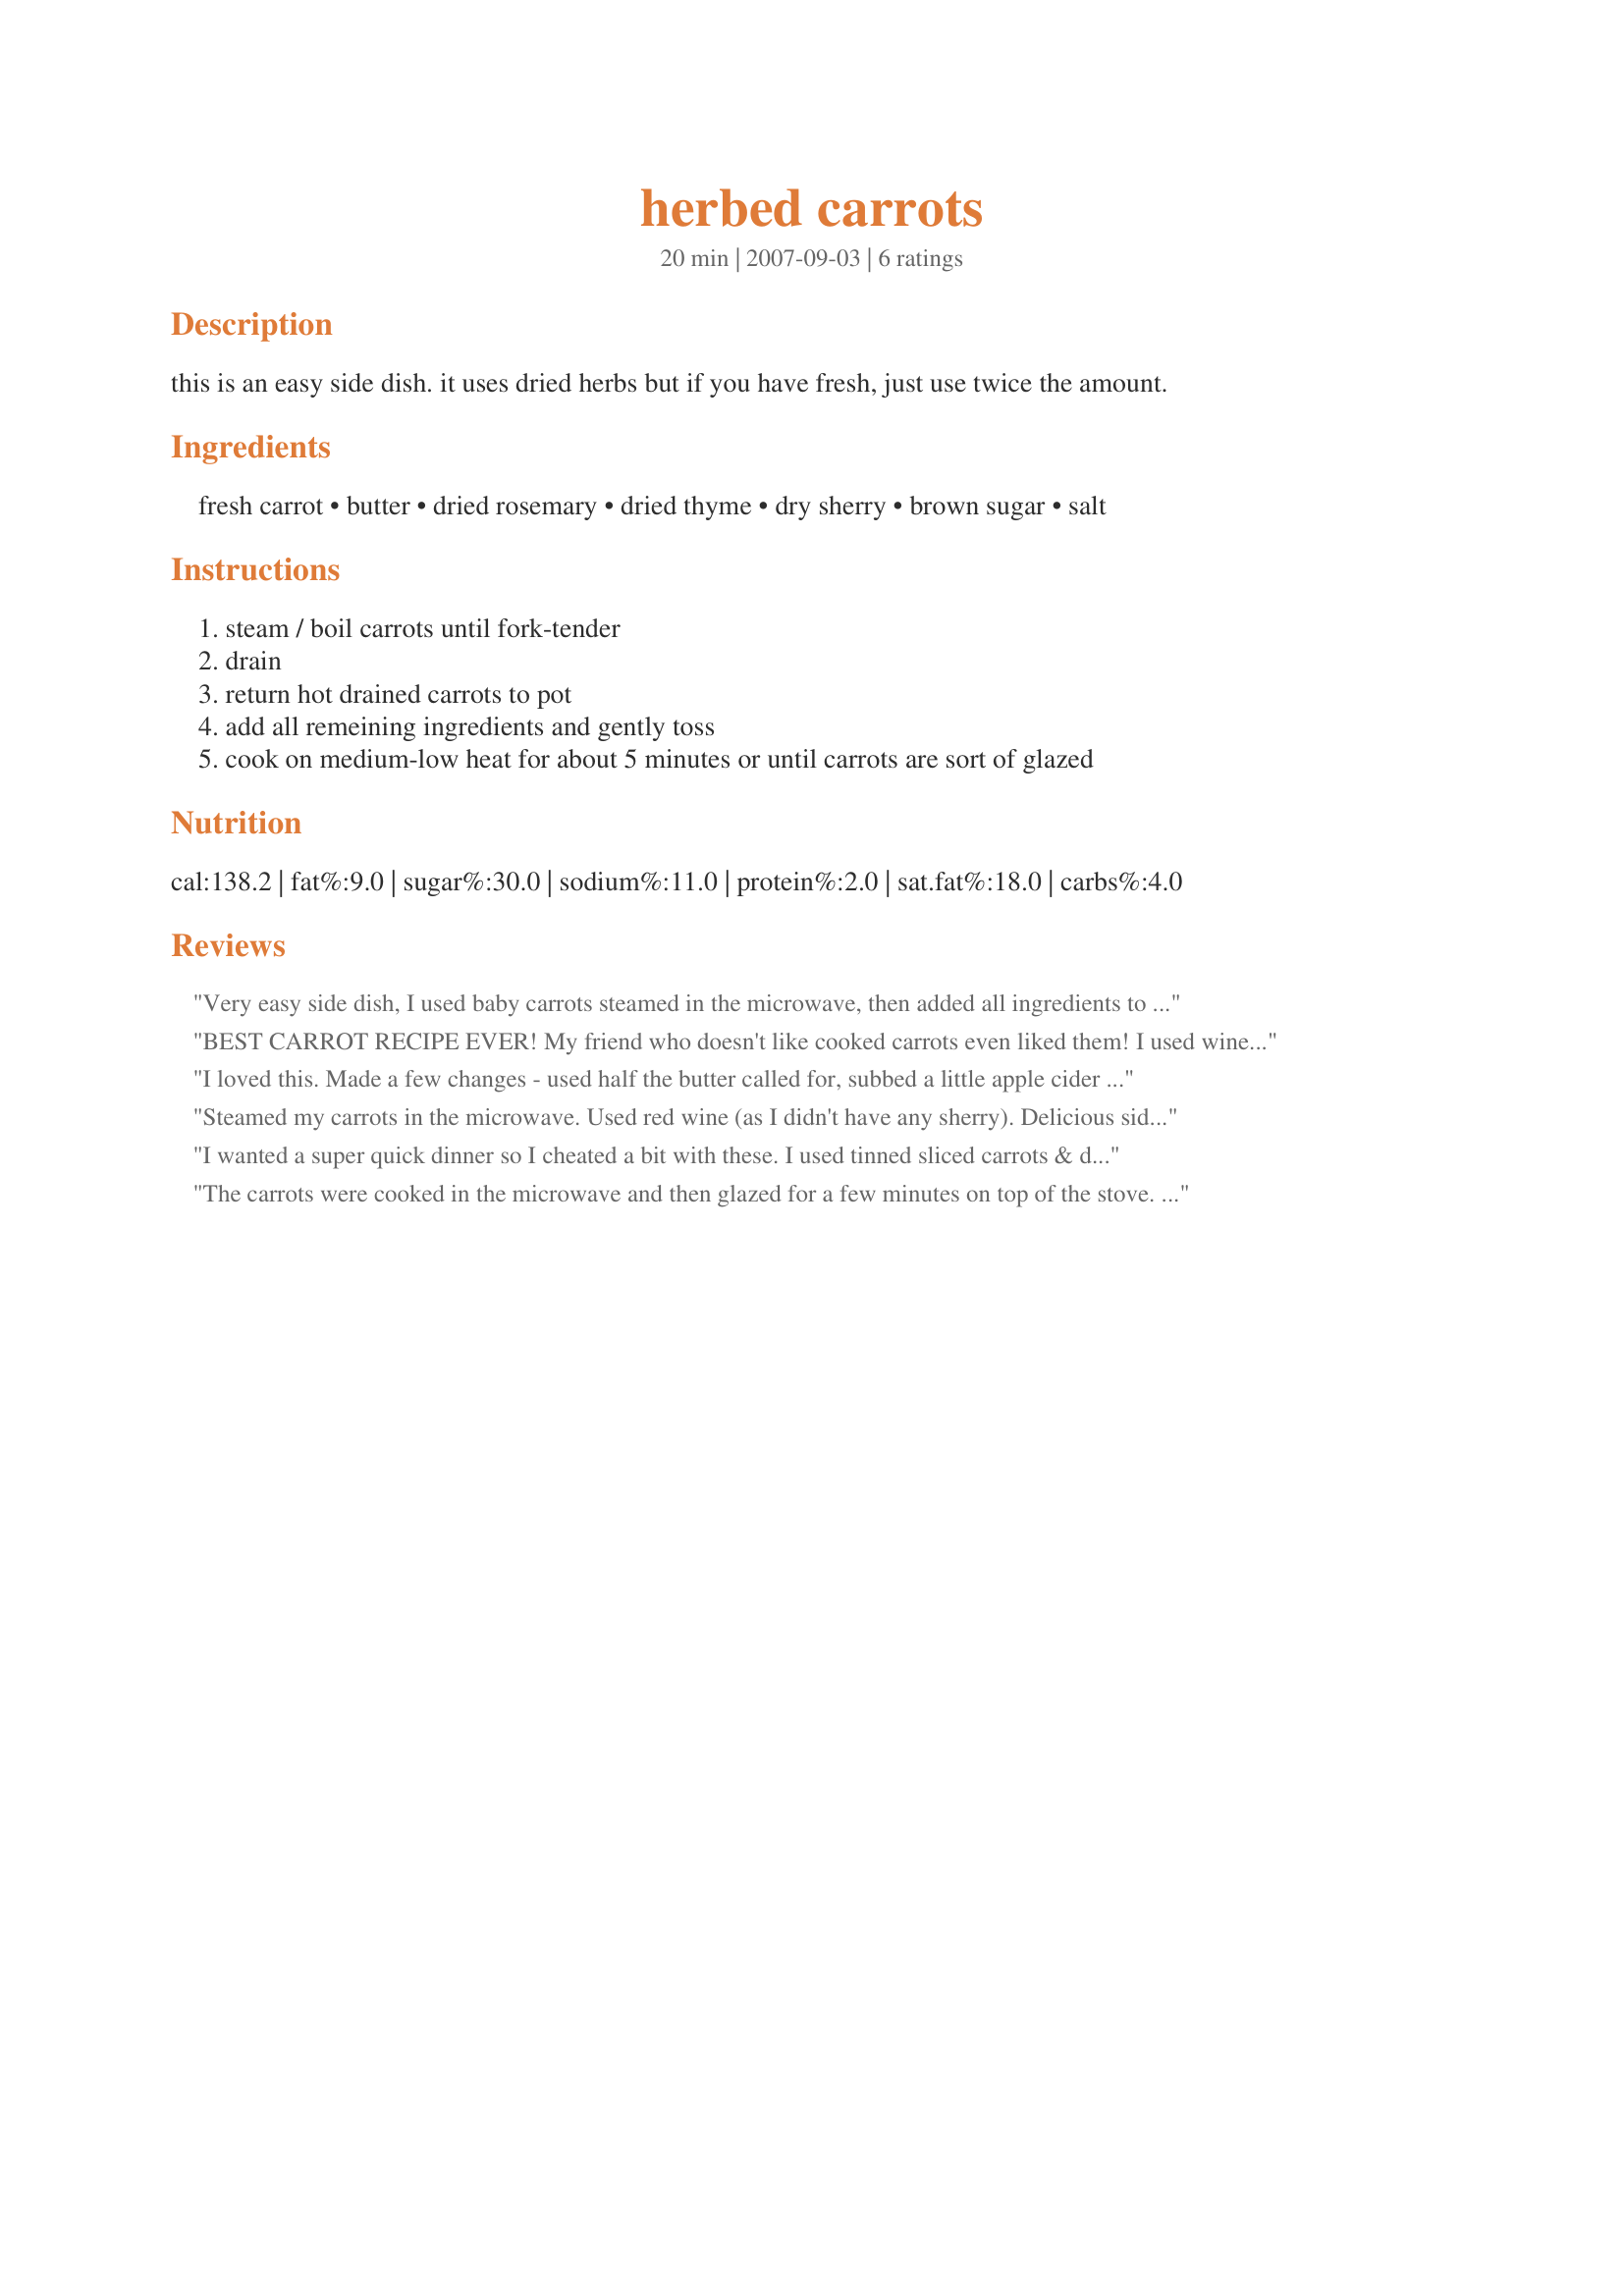
herbed carrots
Preparation time: 20 minutes

this is an easy side dish. it uses dried herbs but if you have fresh, just use twice the amount.

Ingredients:
fresh carrot, butter, dried rosemary, dried thyme, dry sherry, brown sugar, salt

Steps:
steam / boil carrots until fork-tender, drain, return hot drained carrots to pot, add all remeining ingredients and gently toss, cook on medium-low heat for about 5 minutes or until carrots are sort of glazed

Reviews:
Very easy side dish, I used baby carrots steamed in the microwave, then added all ingredients to my skillet over med-low as indicated in the recipe. Great for company!
BEST CARROT RECIPE EVER! My friend who doesn't like cooked carrots even liked them! I used wine, instead of sherry, and didn't measure (whoops!). The combo of the thyme and rosemary were wonderful on the carrots. Don't make the mistake I made - and try to cook the carrots in the pan without first microwaving or steaming etc unless you like your carrots very very firm.
Thanks!
I loved this. Made a few changes - used half the butter called for, subbed a little apple cider and balsamic vinegar mix for the sherry (I don't generally cook with alcohol or have it on hand). The carrots were wonderful! I made only a half pound, I wish I would have made more!! Yum thank you for an easy way to fix carrots. I make them ALL the time, this will be a great change..
Steamed my carrots in the microwave. Used red wine (as I didn't have any sherry). Delicious side dish! Thanks Parsley! :)
I wanted a super quick dinner so I cheated a bit with these. I used tinned sliced carrots & did the sauce in the microwave. Because it was microwaved the sauce didn't really glaze but it tasted yummy nevertheless. I used dried thyme & fresh rosemary, a keeper, thanks!
The carrots were cooked in the microwave and then glazed for a few minutes on top of the stove. Very easy and nicely seasoned. A great side to serve with recipe #250959 and baked fish.
